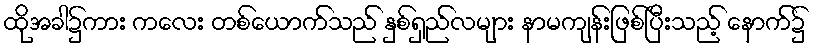
ထိုအခါ၌ကား ကလေး တစ်ယောက်သည် နှစ်ရှည်လများ နာမကျန်းဖြစ်ပြီးသည့် နောက်၌